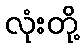
လုံးတို့